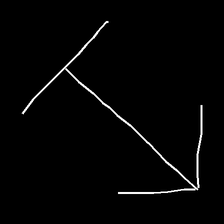
Glyph: levitation